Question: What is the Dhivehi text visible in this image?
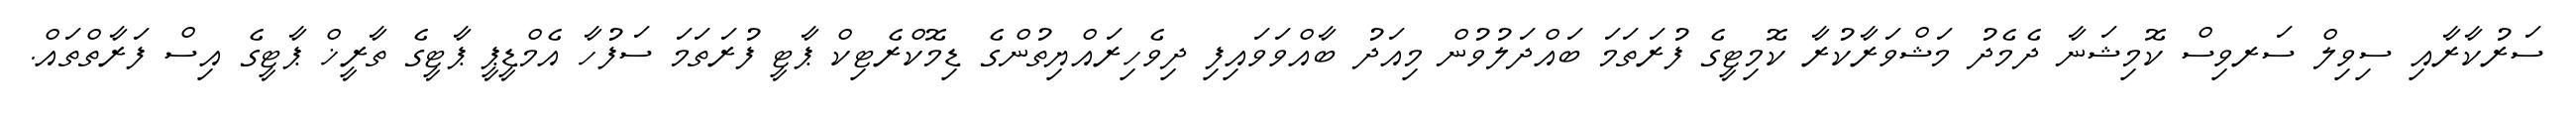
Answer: ސަރުކާރާއި ސިވިލް ސަރވިސް ކޮމިޝަނާ ދެމެދު މަޝްވަރާކުރާ ކޮމިޓީގެ ފުރަތަމަ ބައްދަލުވުން މިއަދު ބާއްވަވައިފި ދިވެހިރައްޔިތުންގެ ޑިމޮކްރެޓިކް ޕާޓީ ފުރަތަމަ ސަފުހާ އެމްޑީޕީ ޕާޓީގެ ތާރީޚް ޕާޓީގެ އިސް ފަރާތްތައް.